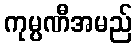
ကုမ္ပဏီအမည်